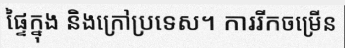
ផ្ទៃក្នុង និងក្រៅប្រទេស។ ការរីកចម្រើន